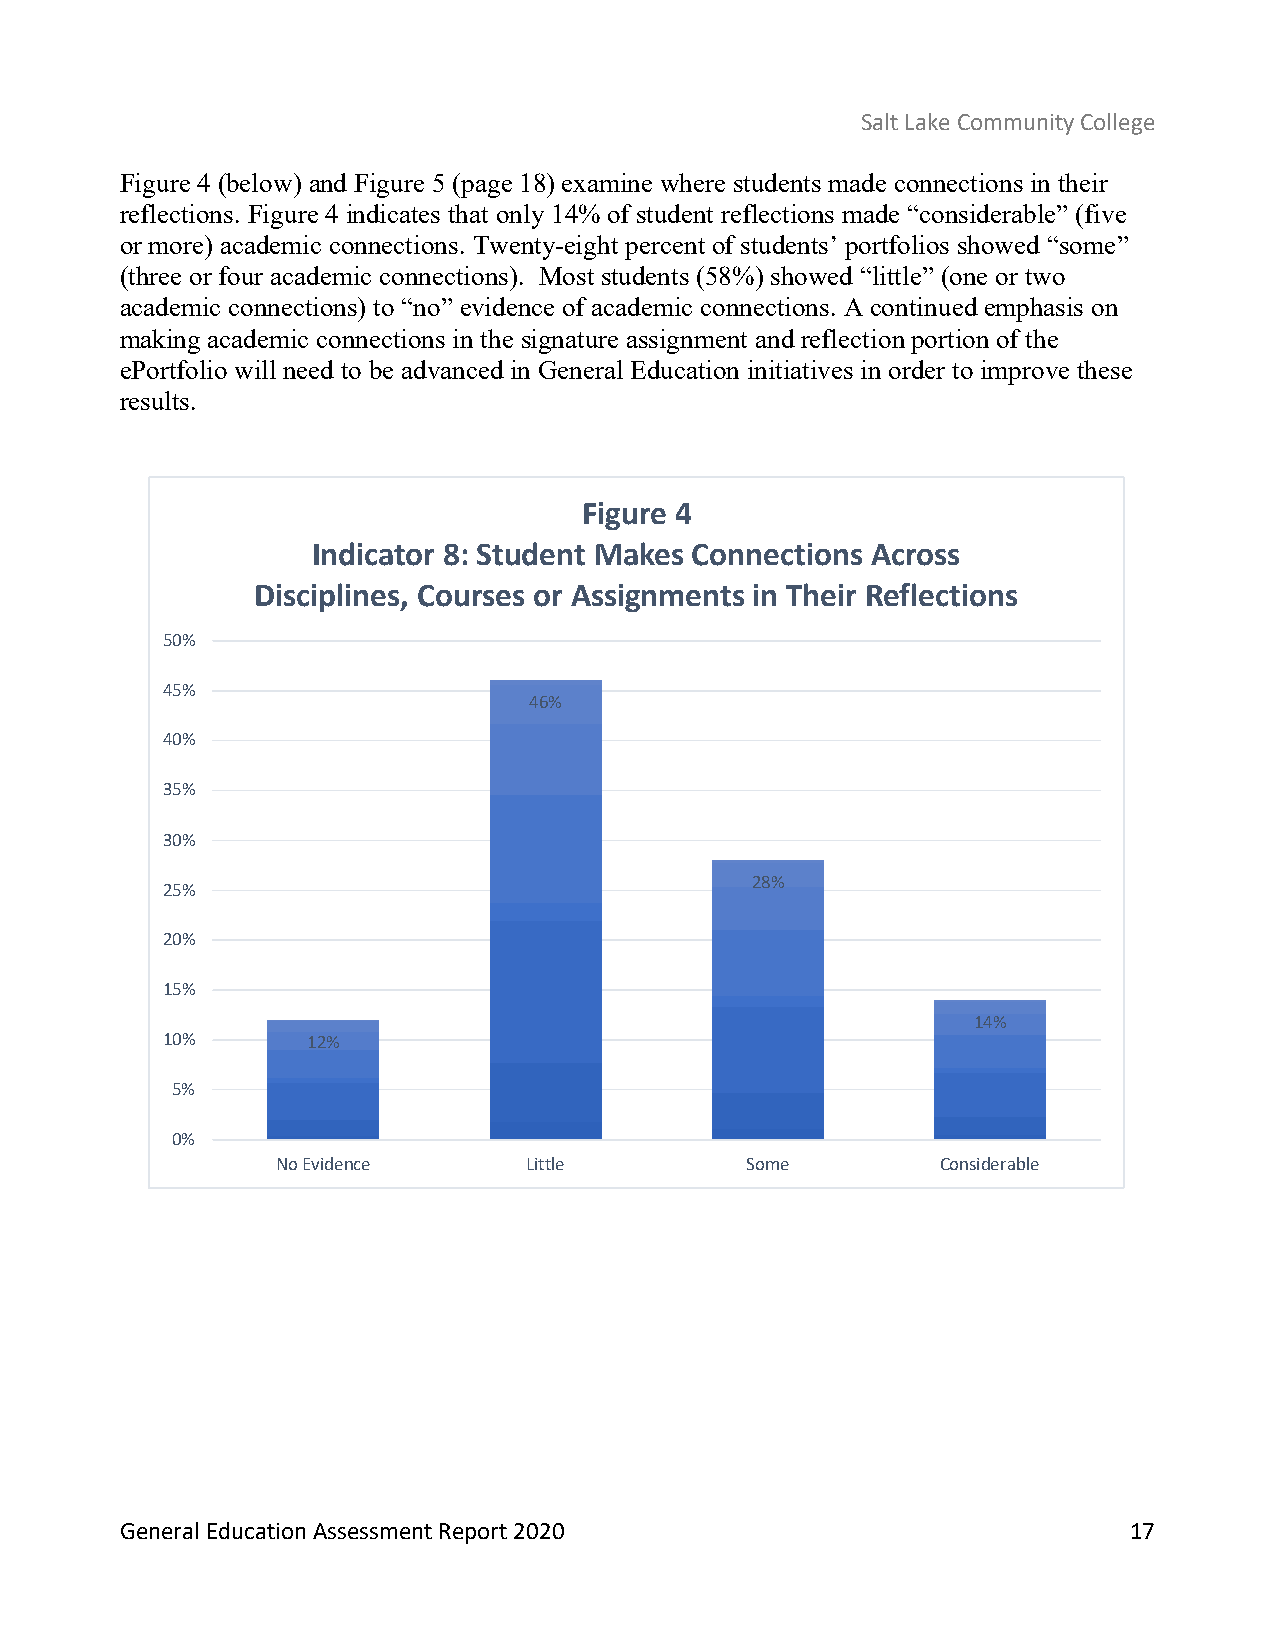
Salt Lake Community College
 Figure 4 (below) and Figure 5 (page 18) examine where students made connections in their
 reflections. Figure 4 indicates that only 14% of student reflections made “considerable” (five
 or more) academic connections. Twenty-eight percent of students’ portfolios showed “some”
 (three or four academic connections). Most students (58%) showed “little” (one or two
 academic connections) to “no” evidence of academic connections. A continued emphasis on
 making academic connections in the signature assignment and reflection portion of the
 ePortfolio will need to be advanced in General Education initiatives in order to improve these
 results.
 Figure 4
 Indicator 8: Student Makes Connections Across
 Disciplines, Courses or Assignments in Their Reflections
 50%
 45%
 46%
 40%
 35%
 30%
 28%
 25%
 20%
 15%
 14%
 10%      12%
 5%
 0%
 No Evidence      Little        Some         Considerable
 General Education Assessment Report 2020                           17